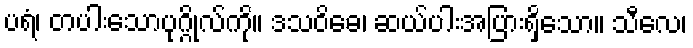
ပရံ၊ တပါးသောပုဂ္ဂိုလ်ကို။ ဒသဝိဓေ၊ ဆယ်ပါးအပြားရှိသော။ သီလေ၊